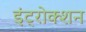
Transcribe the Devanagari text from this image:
इंट्रोक्शन